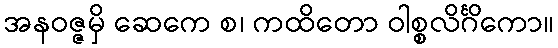
အနဝဇ္ဇမှိ ဆေကေ စ၊ ကထိတော ဝါစ္စလိင်္ဂိကော။